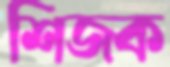
শিজক